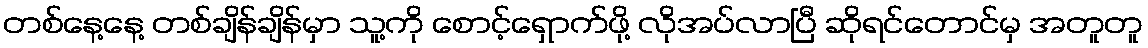
တစ်နေ့နေ့ တစ်ချိန်ချိန်မှာ သူ့ကို စောင့်ရှောက်ဖို့ လိုအပ်လာပြီ ဆိုရင်တောင်မှ အတူတူ